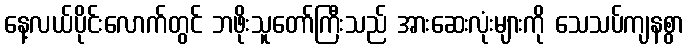
နေ့လယ်ပိုင်းလောက်တွင် ဘဖိုးသူတော်ကြီးသည် အားဆေးလုံးများကို သေသပ်ကျနစွာ